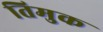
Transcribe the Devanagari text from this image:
तिमुक